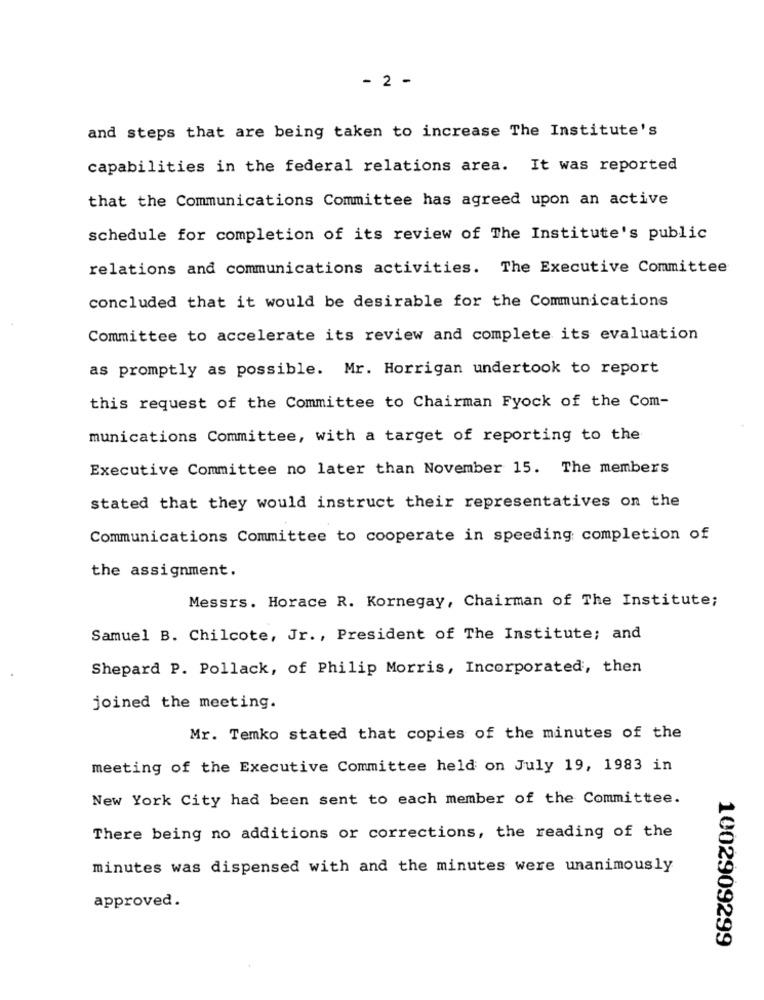
- 2 -
and steps that are being taken to increase The Institute's
capabilities in the federal relations area. It was reported
that the Communications Committee has agreed upon an active
schedule for completion of its review of The Institute's public
relations and communications activities. The Executive Committee
concluded that it would be desirable for the Communications
Committee to accelerate its review and complete its evaluation
as promptly as possible. Mr. Horrigan undertook to report
this request of the Committee to Chairman Fyock of the Com-
munications Committee, with a target of reporting to the
Executive Committee no later than November 15. The members
stated that they would instruct their representatives on the
Communications Committee to cooperate in speeding completion of
the assignment.
Messrs. Horace R. Kornegay, Chairman of The Institute;
Samuel B. Chilcote, Jr ., President of The Institute; and
Shepard P. Pollack, of Philip Morris, Incorporated, then
joined the meeting.
Mr. Temko stated that copies of the minutes of the
meeting of the Executive Committee held on July 19, 1983 in
New York City had been sent to each member of the Committee.
There being no additions or corrections, the reading of the
minutes was dispensed with and the minutes were unanimously
approved.
1002909299